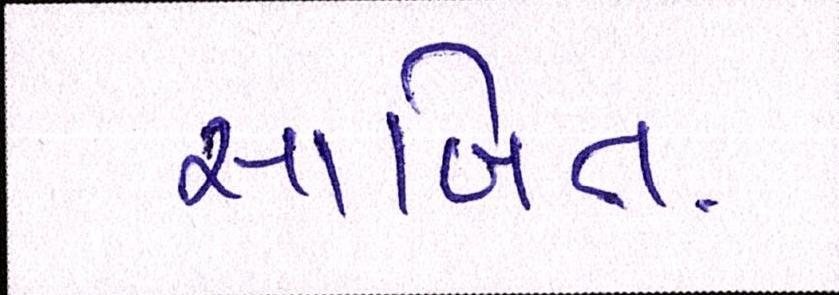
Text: સાબિત